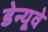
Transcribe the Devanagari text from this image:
डेन्यूवे